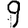
Digit: 9